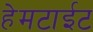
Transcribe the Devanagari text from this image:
हेमटाईट